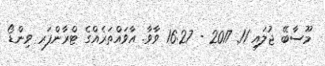
މޫސާބޭ ޖުލައި 11